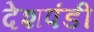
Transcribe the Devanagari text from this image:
देशपंडी